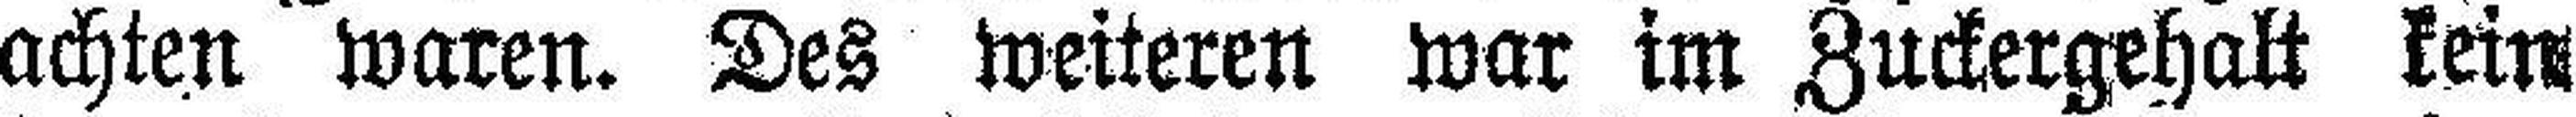
achten waren. Des weiteren war im Zuckergehalt kein